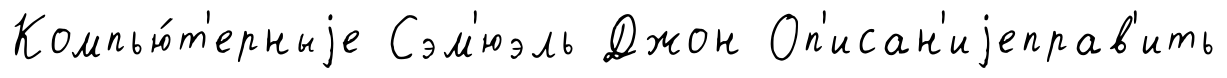
Компью́т'ерныjе Сэм'юэль Джон Оп'исан'иjеправ'ить